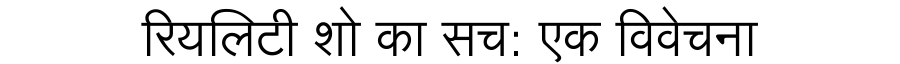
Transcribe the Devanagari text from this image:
रियलिटी शो का सच: एक विवेचना